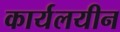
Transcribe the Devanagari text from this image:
कार्यलयीन